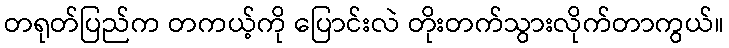
တရုတ်ပြည်က တကယ့်ကို ပြောင်းလဲ တိုးတက်သွားလိုက်တာကွယ်။